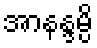
အာနန္ဒမ္ပိ